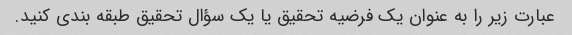
عبارت زیر را به عنوان یک فرضیه تحقیق یا یک سؤال تحقیق طبقه بندی کنید.